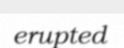
erupted